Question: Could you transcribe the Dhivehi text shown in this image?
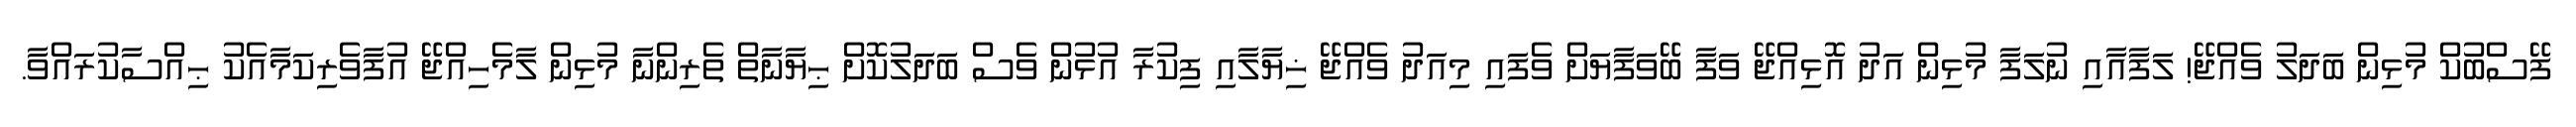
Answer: ފޭސްބުކް މުޅިން ބަދަލު ވެއްޖޭ! ލަފާއާއި ނުލަފާ މުޅިން އަދު އޮޅިއްޖޭ ވަފާ ބޭވަފާޔަށް ވެފައި މިއަދު ވެއްޖޭ ޚިޔާލާއި ފިކުރާ އުޅުން ވެސް ބަދަލުކޮށް ޙިޔާނާތް ތެރިންނާ މުޅިން ލާމެހިއްޖޭ އުފާވެރިކަމާއެކު ޙިއްސާކުރައްވާ.